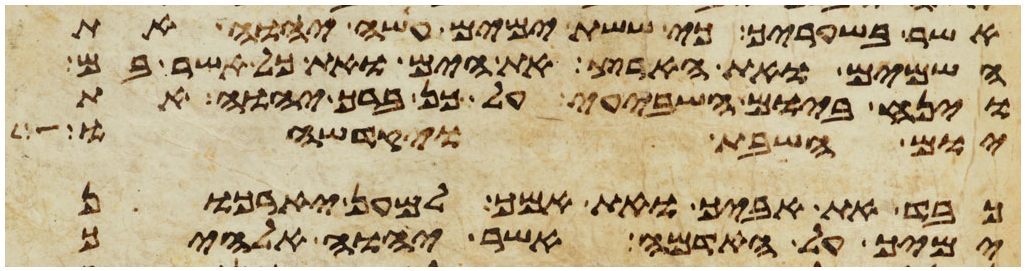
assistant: אשר בשעריך כי ששת ימים עשה יהוה את
השמים ואת הארץ את הים ואת כל אשר בם
וינח ביום השביעי על כן ברך יהוה את
יום השבת ויקדשהו
כבד את אביך ואת אמך למען יארכון
ימיך על האדמה אשר יהוה אלהיך